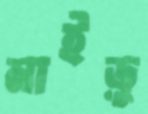
নাইড়ু